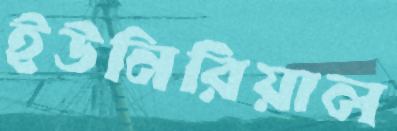
ইউনিরিয়াল